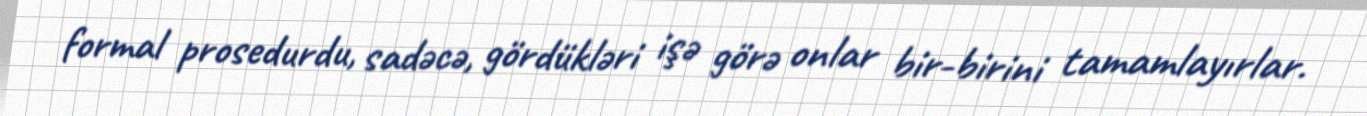
formal prosedurdu, sadəcə, gördükləri işə görə onlar bir-birini tamamlayırlar.